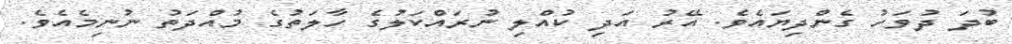
ބުދަ ދުވަހު ގެންދިޔައެވެ. އޭރު އަދި ކުއްލި ނުރައްކަލުގެ ހާލަތުގެ މުއްދަތު ނުނިމެއެވެ.